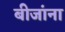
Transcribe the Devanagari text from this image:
बीजांना